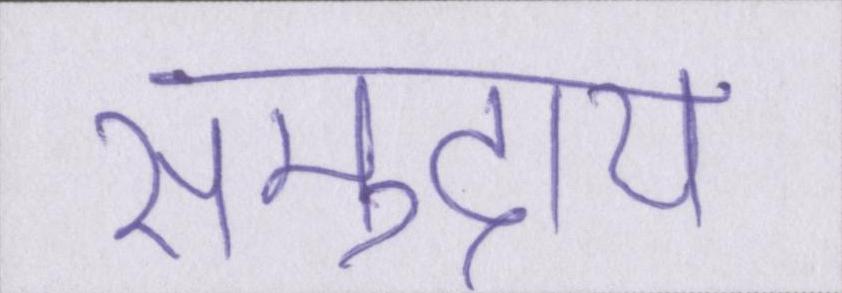
समुदाय